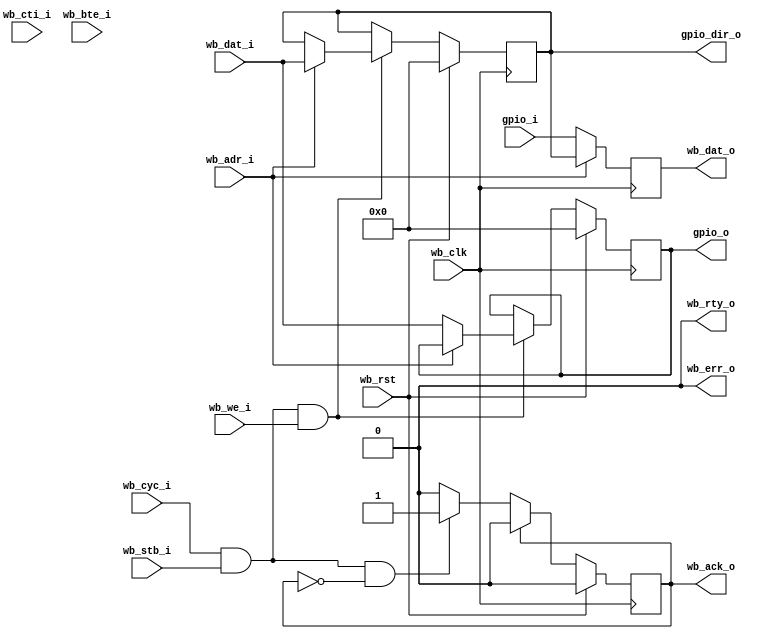
module gpio_11
       (
	input			wb_clk,
	input			wb_rst,
	input			wb_adr_i,
	input		[7:0] 	wb_dat_i,
	input			wb_we_i,
	input			wb_cyc_i,
	input			wb_stb_i,
	input		[2:0] 	wb_cti_i,
	input		[1:0]	wb_bte_i,
	output reg	[7:0]	wb_dat_o,
	output reg		wb_ack_o,
	output			wb_err_o,
	output			wb_rty_o,
	input		[7:0]	gpio_i,
	output reg	[7:0]	gpio_o,
	output reg	[7:0]	gpio_dir_o
);
always @(posedge wb_clk)
	if (wb_rst)
		gpio_dir_o <= 0; 
	else if (wb_cyc_i & wb_stb_i & wb_we_i) begin
		if (wb_adr_i == 1)
			gpio_dir_o[7:0] <= wb_dat_i;
	end
always @(posedge wb_clk)
	if (wb_rst)
		gpio_o <= 0;
	else if (wb_cyc_i & wb_stb_i & wb_we_i) begin
		if (wb_adr_i == 0)
			gpio_o[7:0] <= wb_dat_i;
	end
always @(posedge wb_clk) begin
	if (wb_adr_i == 0)
		wb_dat_o[7:0] <= gpio_i[7:0];
	if (wb_adr_i == 1)
		wb_dat_o[7:0] <= gpio_dir_o[7:0];
     end
always @(posedge wb_clk)
	if (wb_rst)
		wb_ack_o <= 0;
	else if (wb_ack_o)
		wb_ack_o <= 0;
	else if (wb_cyc_i & wb_stb_i & !wb_ack_o)
		wb_ack_o <= 1;
assign wb_err_o = 0;
assign wb_rty_o = 0;
endmodule